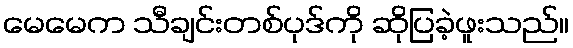
မေမေက သီချင်းတစ်ပုဒ်ကို ဆိုပြခဲ့ဖူးသည်။